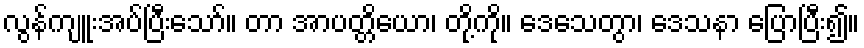
လွန်ကျူးအပ်ပြီးသော်။ တာ အာပတ္တိယော၊ တို့ကို။ ဒေသေတွာ၊ ဒေသနာ ပြောပြီး၍။